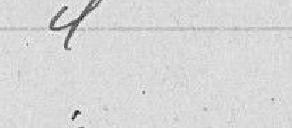
idem